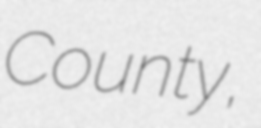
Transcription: County,